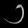
Digit: ၁